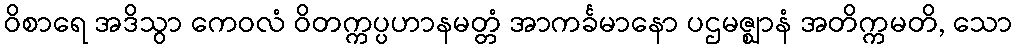
ဝိစာရေ အဒိသွာ ကေဝလံ ဝိတက္ကပ္ပဟာနမတ္တံ အာကင်္ခမာနော ပဌမဇ္ဈာနံ အတိက္ကမတိ, သော